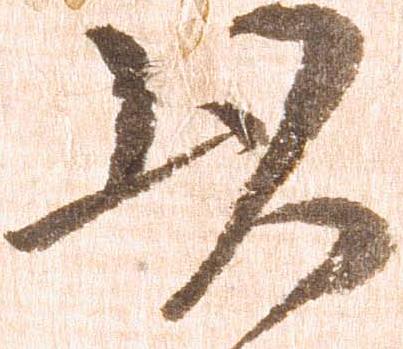
以